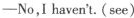
-No,I haven't.(see)